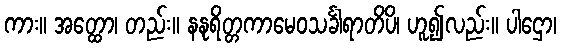
ကား။ အတ္ထော၊ တည်း။ နနုရိတ္တကာမေဝသင်္ခါရာတိပိ၊ ဟူ၍လည်း။ ပါဌော၊